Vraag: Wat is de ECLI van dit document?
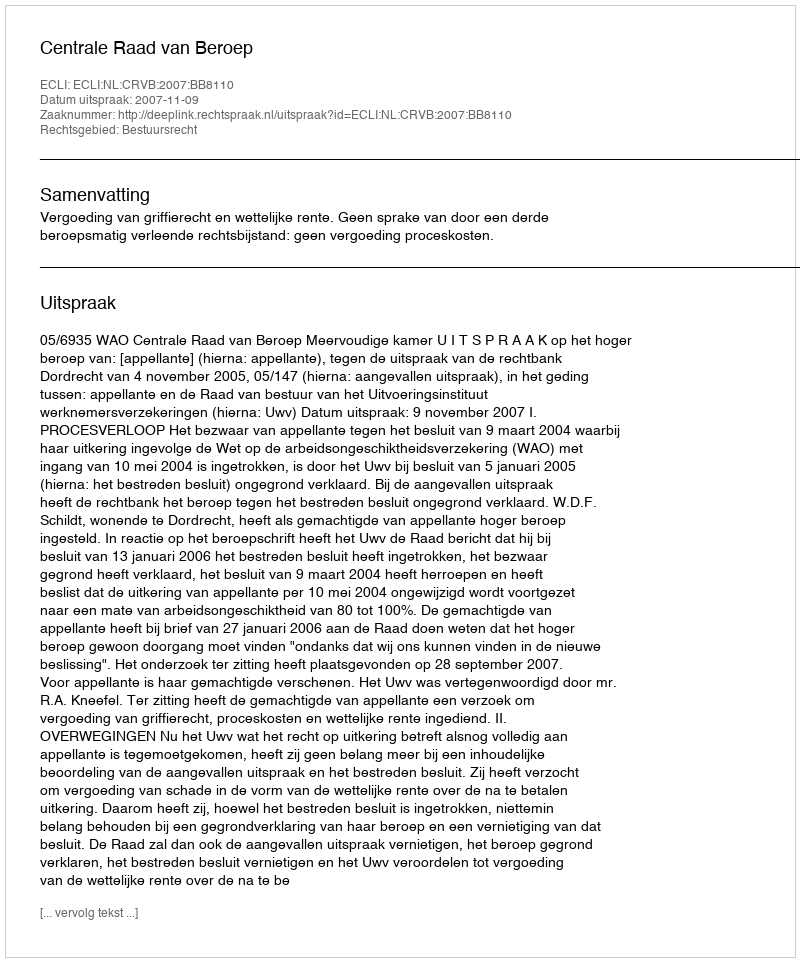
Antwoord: ECLI:NL:CRVB:2007:BB8110